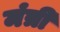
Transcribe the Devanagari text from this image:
मंत्री